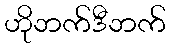
ဟိုဘက်ဒီဘက်